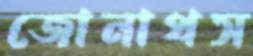
জোনাথস